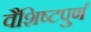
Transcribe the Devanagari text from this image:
वैशिष्टपुर्ण